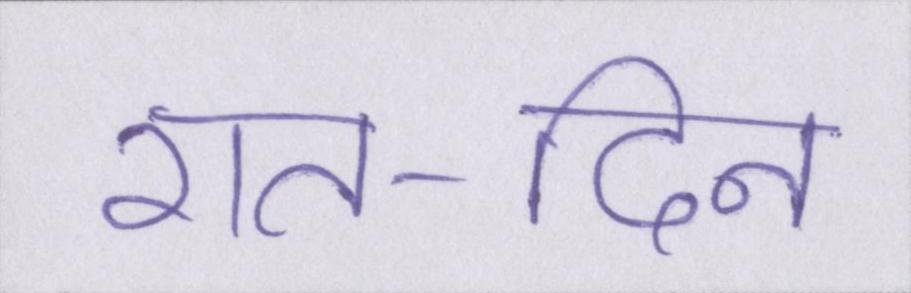
रात-दिन